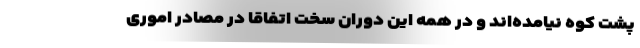
پشت کوه نیامده‌اند و در همه این دوران سخت اتفاقاً در مصادر اموری